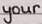
your